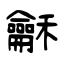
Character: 龢